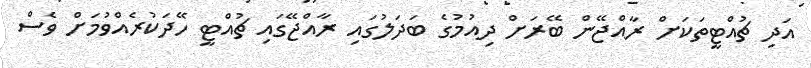
އަދި ޗުއްޓީތަކަށް ރާއްޖޭން ބޭރަށް ދިއުމުގެ ބަދަލުގައި ރާއްޖޭގައި ޗުއްޓީ ހޭދަކުރެއްވުމަށް ވެސް